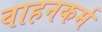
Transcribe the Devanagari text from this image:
वाहनकर्म